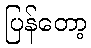
ပြန်တော့